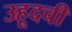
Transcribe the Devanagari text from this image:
उहूदची